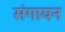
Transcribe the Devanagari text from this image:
संगायन